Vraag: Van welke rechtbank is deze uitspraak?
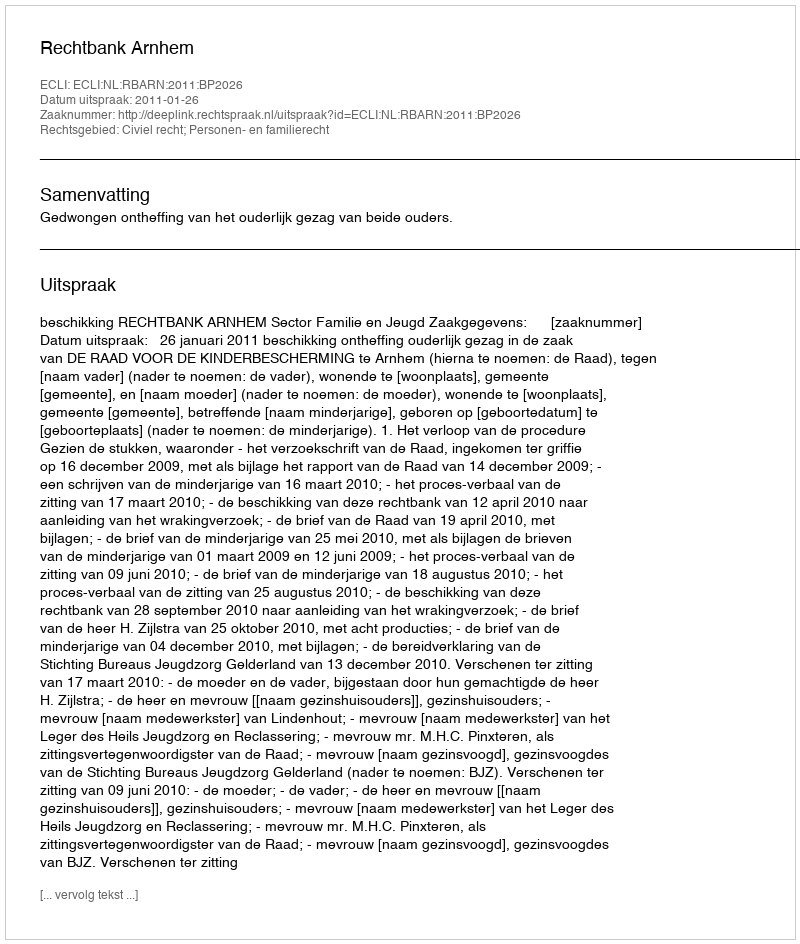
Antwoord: Rechtbank Arnhem